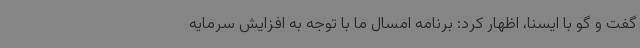
گفت و گو با ایسنا، اظهار کرد: برنامه امسال ما با توجه به افزایش سرمایه